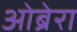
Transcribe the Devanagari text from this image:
ओब्रेरा